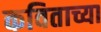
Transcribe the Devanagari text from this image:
कविताच्या